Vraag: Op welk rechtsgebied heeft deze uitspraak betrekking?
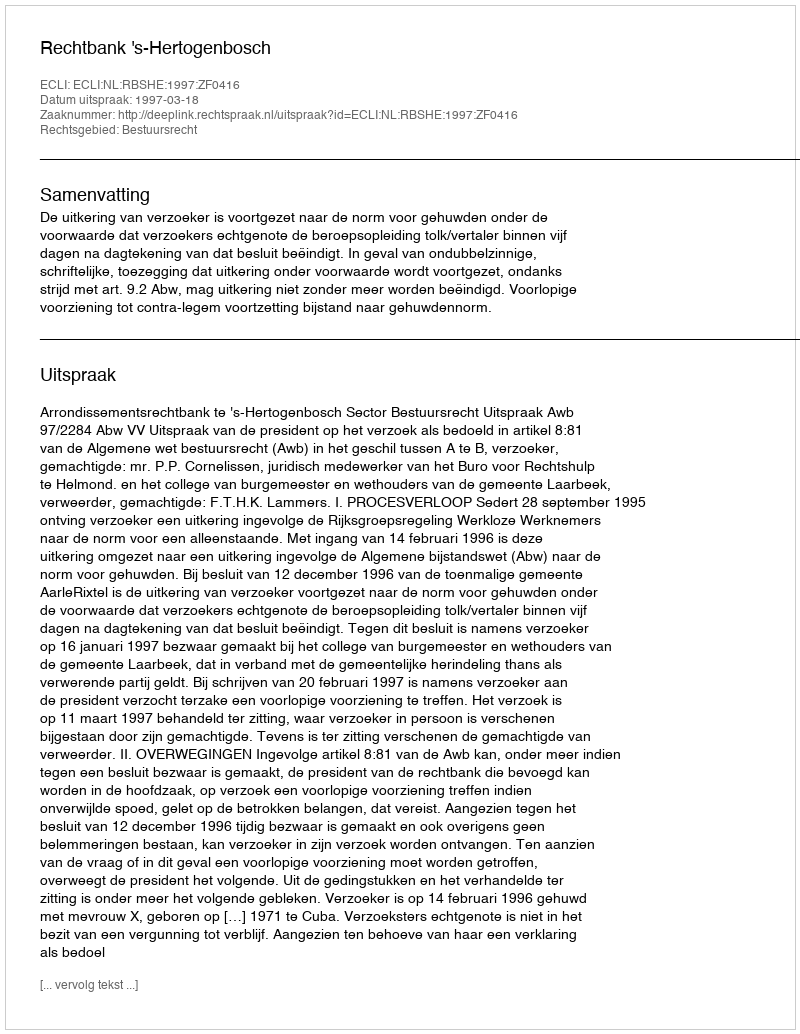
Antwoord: Bestuursrecht